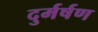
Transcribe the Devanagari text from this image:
दुर्मर्षण